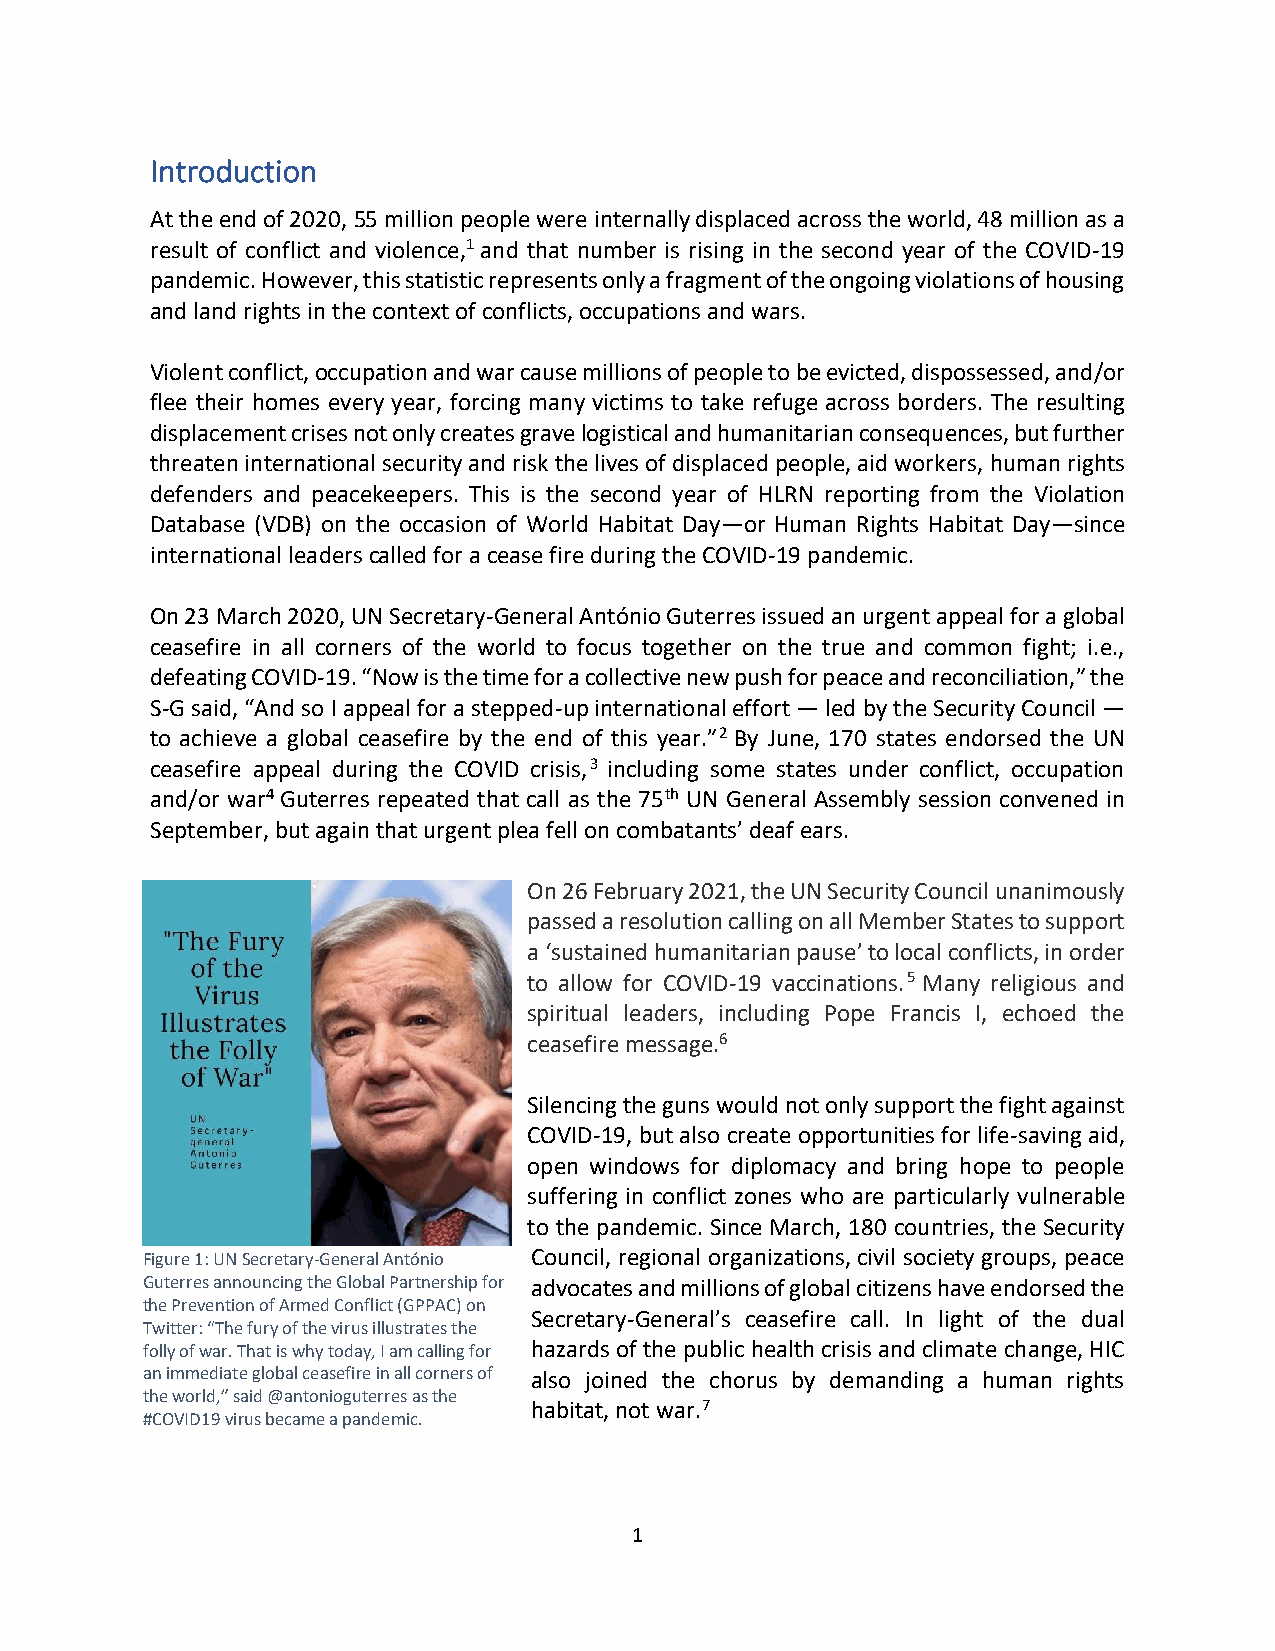
Introduction
 At the end of 2020, 55 million people were internally displaced across the world, 48 million as a
 result of conflict and violence,1 and that number is rising in the second year of the COVID-19
 pandemic. However, this statistic represents only a fragment of the ongoing violations of housing
 and land rights in the context of conflicts, occupations and wars.
 Violent conflict, occupation and war cause millions of people to be evicted, dispossessed, and/or
 flee their homes every year, forcing many victims to take refuge across borders. The resulting
 displacement crises not only creates grave logistical and humanitarian consequences, but further
 threaten international security and risk the lives of displaced people, aid workers, human rights
 defenders and peacekeepers. This is the second year of HLRN reporting from the Violation
 Database (VDB) on the occasion of World Habitat Day—or Human Rights Habitat Day—since
 international leaders called for a cease fire during the COVID-19 pandemic.
 On 23 March 2020, UN Secretary-General António Guterres issued an urgent appeal for a global
 ceasefire in all corners of the world to focus together on the true and common fight; i.e.,
 defeating COVID-19. “Now is the time for a collective new push for peace and reconciliation,” the
 S-G said, “And so I appeal for a stepped-up international effort — led by the Security Council —
 to achieve a global ceasefire by the end of this year.”2 By June, 170 states endorsed the UN
 ceasefire appeal during the COVID crisis,3 including some states under conflict, occupation
 and/or war4 Guterres repeated that call as the 75th UN General Assembly session convened in
 September, but again that urgent plea fell on combatants’ deaf ears.
 On 26 February 2021, the UN Security Council unanimously
 passed a resolution calling on all Member States to support
 a ‘sustained humanitarian pause’ to local conflicts, in order
 to allow for COVID-19 vaccinations.5 Many religious and
 spiritual leaders, including Pope Francis I, echoed the
 ceasefire message.6
 Silencing the guns would not only support the fight against
 COVID-19, but also create opportunities for life-saving aid,
 open windows for diplomacy and bring hope to people
 suffering in conflict zones who are particularly vulnerable
 to the pandemic. Since March, 180 countries, the Security
 Figure 1: UN Secretary-General António Council, regional organizations, civil society groups, peace
 Guterres announcing the Global Partnership for advocates and millions of global citizens have endorsed the
 the Prevention of Armed Conflict (GPPAC) on
 Secretary-General’s ceasefire call. In light of the dual
 Twitter: “The fury of the virus illustrates the
 folly of war. That is why today, I am calling for hazards of the public health crisis and climate change, HIC
 an immediate global ceasefire in all corners of also joined the chorus by demanding a human rights
 the world,” said @antonioguterres as the
 habitat, not war.7
 #COVID19 virus became a pandemic.
 1